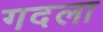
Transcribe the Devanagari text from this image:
गदला